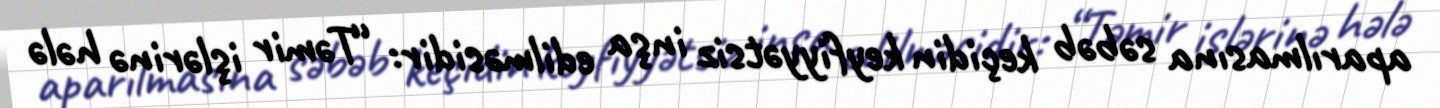
aparılmasına səbəb keçidin keyfiyyətsiz inşa edilməsidir: “Təmir işlərinə hələ